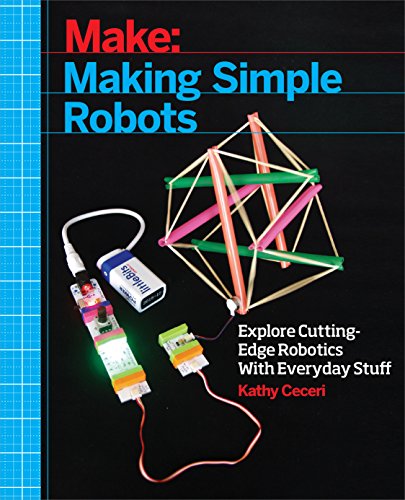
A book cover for Making Simple Robots: Exploring Cutting-Edge Robotics with Everyday Stuff; Kathy Ceceri; Engineering & Transportation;